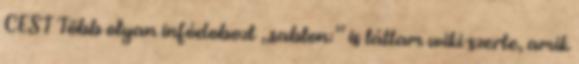
CEST Több olyan infódobozt „sablon:” is láttam wiki-szerte, amik